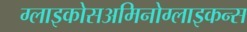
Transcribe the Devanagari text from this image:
ग्लाइकोसअमिनोग्लाइकन्स